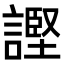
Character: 𫍊